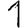
Digit: 1